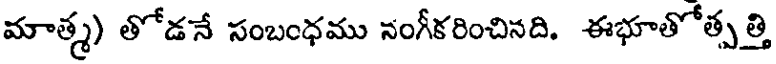
మాత్మ) తోడనే సంబంధము నంగీకరించినది. ఈభూతోత్పత్తి